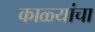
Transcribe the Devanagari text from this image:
काळ्यांचा